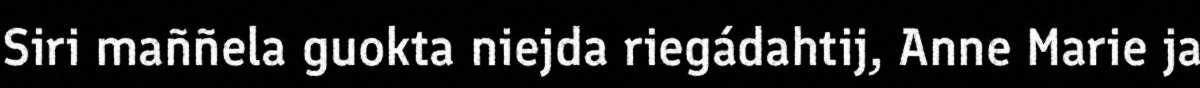
Siri maññela guokta niejda riegádahtij, Anne Marie ja